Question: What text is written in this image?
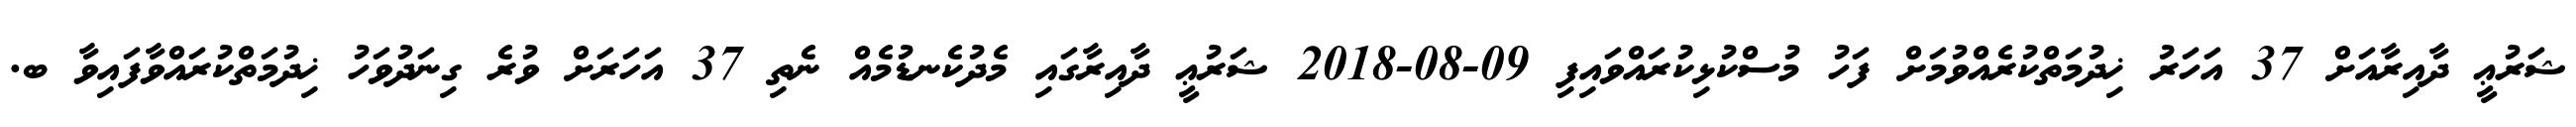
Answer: ޝަރުޢީ ދާއިރާއަށް 37 އަހަރު ޚިދުމަތްކުރެއްވުމަށް ފަހު މުސްކުޅިކުރައްވައިފި 09-08-2018 ޝަރުޢީ ދާއިރާގައި މެދުކެނޑުމެއް ނެތި 37 އަހަރަށް ވުރެ ގިނަދުވަހު ޚިދުމަތްކުރައްވާފައިވާ ބ.